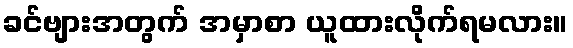
ခင်ဗျားအတွက် အမှာစာ ယူထားလိုက်ရမလား။